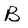
Character: B